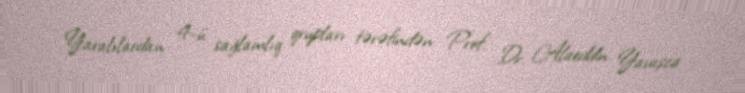
Yaralılardan 4-ü sağlamlıq qrupları tərəfindən Prof. Dr. Alaeddin Yavaşca